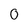
Character: 0